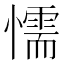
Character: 懦